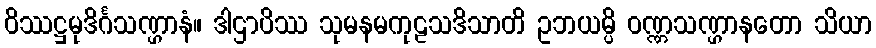
ဝိဿဋ္ဌမုဒိင်္ဂသဏ္ဌာနံ။ ဒါဌာပိဿ သုမနမကုဠသဒိသာတိ ဥဘယမ္ပိ ဝဏ္ဏသဏ္ဌာနတော သိယာ